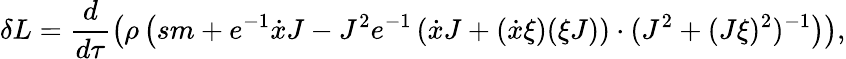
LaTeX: \delta L=\frac{d}{d\tau}\left(\rho\left(sm+e^{-1}\dot{x}J-J^{2}e^{-1}\left(\dot{x}J+(\dot{x}\xi)(\xi J)\right)\cdot(J^{2}+(J\xi)^{2})^{-1}\right)\right),